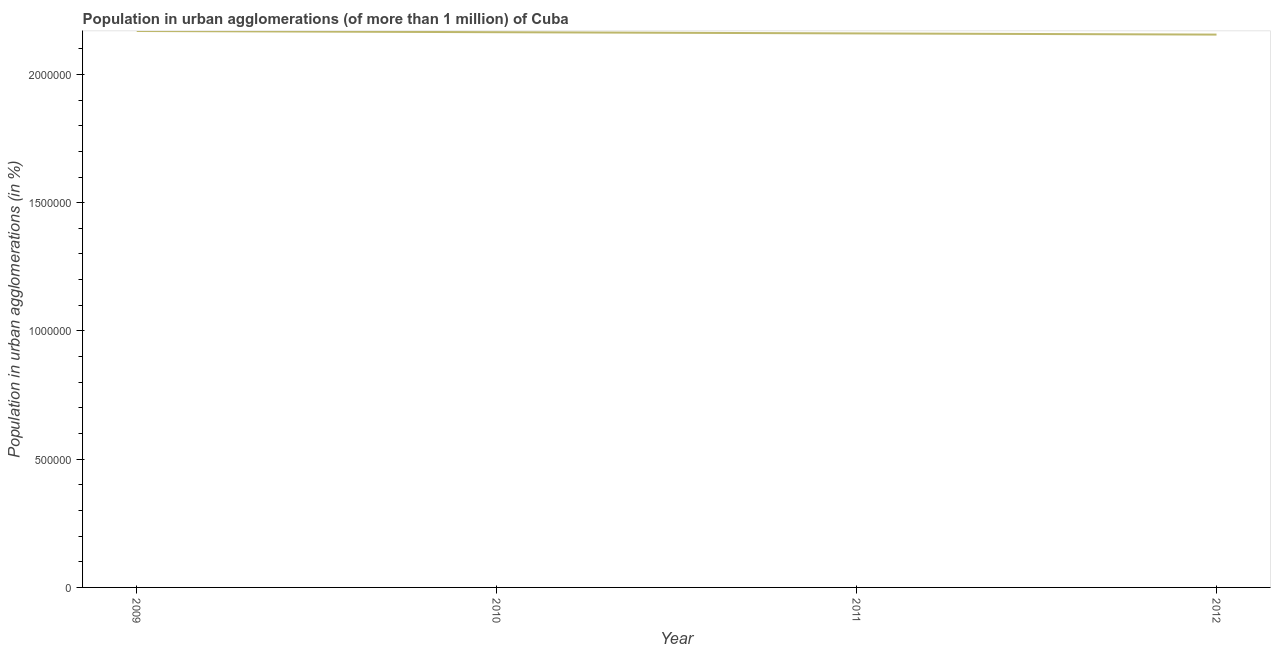
| Year | Population in urban agglomerations |
 | --- | --- |
 | 2009 | 2.17e+06 |
 | 2010 | 2.16e+06 |
 | 2011 | 2.16e+06 |
 | 2012 | 2.16e+06 |